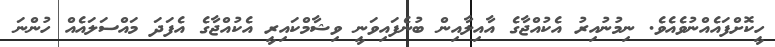
ހީކޮށްފައެއްނުވެއެވެ. ނިމުނުއިރު އެކުއްޖާގެ އާއިލާއިން ބުނެފައިވަނީ ވިޝާމްކައިރީ އެކުއްޖާގެ އެފަދަ މައްސަލައެއް ހުންނަ